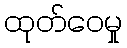
ထုတ်ဝေမှု